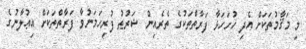
މި މަޤާމުތަކަށް އެދި ހުށަހަޅާ ފަރާތްތަކުގެ ތެރެއިން ޝަރުޠު ފުރިހަމަނުވާ ފަރާތްތަކަށް އިޢުލާނުގެ